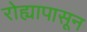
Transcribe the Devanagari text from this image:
रोह्यापासून